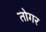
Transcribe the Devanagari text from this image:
तोगर